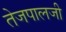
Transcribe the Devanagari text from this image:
तेजपालजी